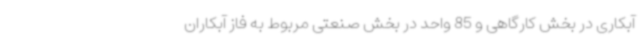
آبکاری در بخش کارگاهی و 85 واحد در بخش صنعتی مربوط به فاز آبکاران